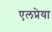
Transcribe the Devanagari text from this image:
एलप्रेया